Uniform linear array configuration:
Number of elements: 64
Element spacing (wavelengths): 1
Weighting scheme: blackman
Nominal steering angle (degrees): -45
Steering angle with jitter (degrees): -44.604
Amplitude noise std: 0.05
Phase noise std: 0.05

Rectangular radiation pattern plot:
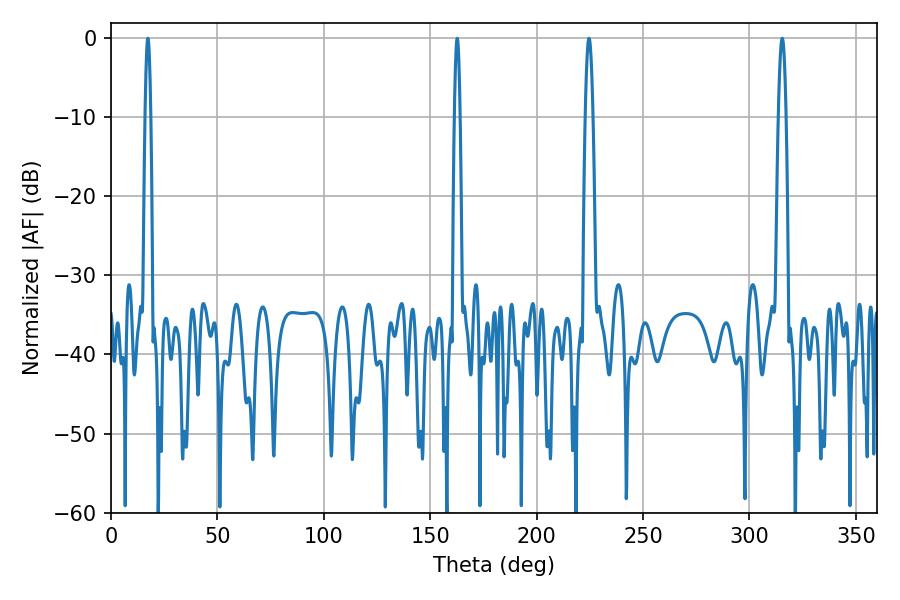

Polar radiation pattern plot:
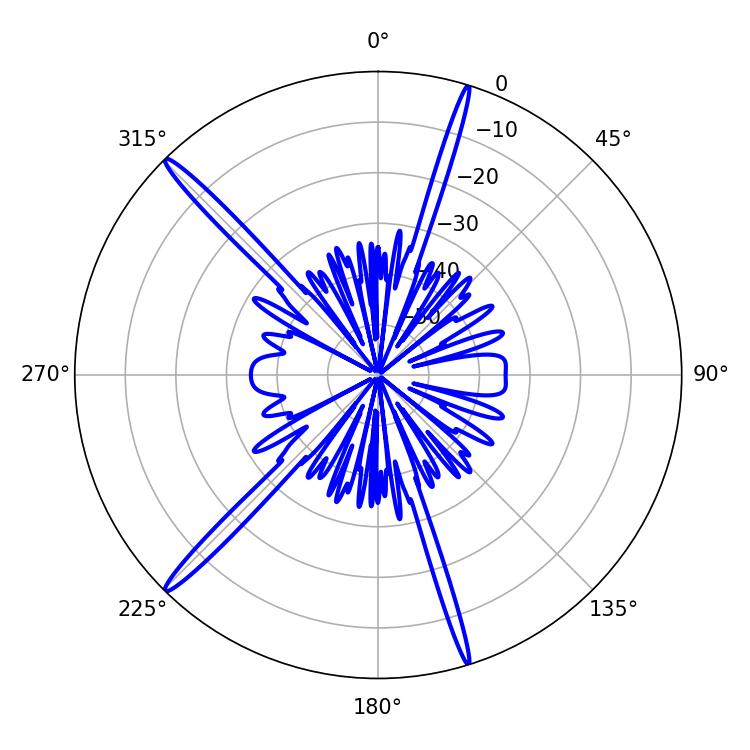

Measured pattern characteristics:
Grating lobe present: TRUE
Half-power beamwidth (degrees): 1.8
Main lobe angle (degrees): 315.36